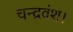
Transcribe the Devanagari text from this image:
चन्द्रवंश।